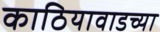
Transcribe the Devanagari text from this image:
काठियावाडच्या